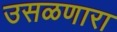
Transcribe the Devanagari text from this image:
उसळणारा